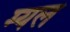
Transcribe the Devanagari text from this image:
म्यल